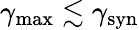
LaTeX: \gamma_{\mathrm{max}}\lesssim\gamma_{\mathrm{syn}}